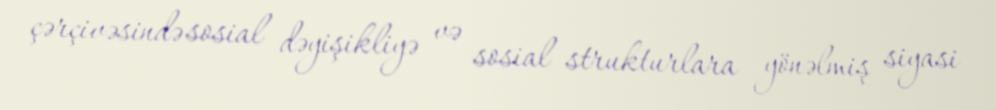
çərçivəsində sosial dəyişikliyə və sosial strukturlara yönəlmiş siyasi